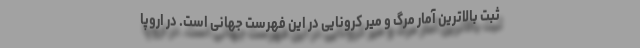
ثبت بالاترین آمار مرگ و میر کرونایی در این فهرست جهانی است. در اروپا